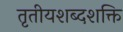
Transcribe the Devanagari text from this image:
तृतीयशब्दशक्ति